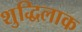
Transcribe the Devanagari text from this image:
शुद्धिलाक